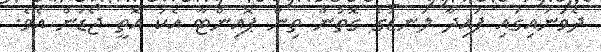
ދެވަނައިގައި ފައިދާ ލަނޑުގެ ގޮތުން ތިން ޕޮއިންޓާ އެކު އޮތީ ޖޯޑަން އެވެ.